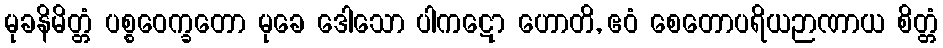
မုခနိမိတ္တံ ပစ္စဝေက္ခတော မုခေ ဒေါသော ပါကဋော ဟောတိ, ဧဝံ စေတောပရိယဉာဏာယ စိတ္တံ